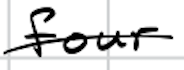
Text: four
Cross-out: single-line
Writing tool: digital_black